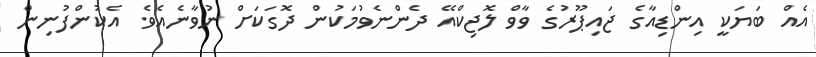
އެއް ބަޔަކީ އިންޑިއާގެ ޖައިޕޫރުގެ ވާވް ލޮޖިކްއޭ ދެންނެވުމަކުން ދޮގަކަށް ނުވާނެއެވެ. އެކުންފުނިން